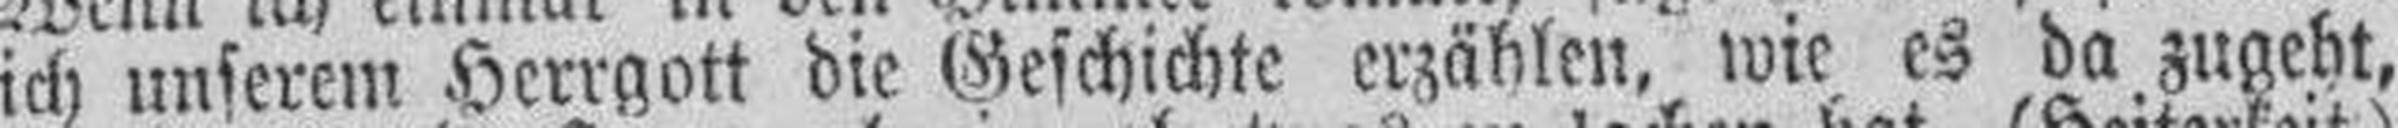
ich unserem Herrgott die Geschichte erzählen, wie es da zugeht,